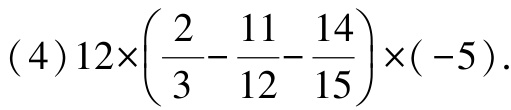
(4) \(12\times\left(\dfrac{2}{3}-\dfrac{11}{12}-\dfrac{14}{15}\right)\times(-5)\)